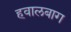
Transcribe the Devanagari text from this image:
हवालबाग